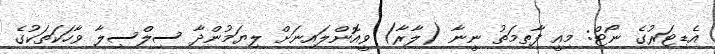
އެޑިޓަރުގެ ނޯޓް: މިއީ ފާތިމަތު ނީނާ (ލާރާ) ވީއޮންލައިނަށް ލިޔަމުންދާ ސިލްސިލާ ވާހަކަތަކުގެ